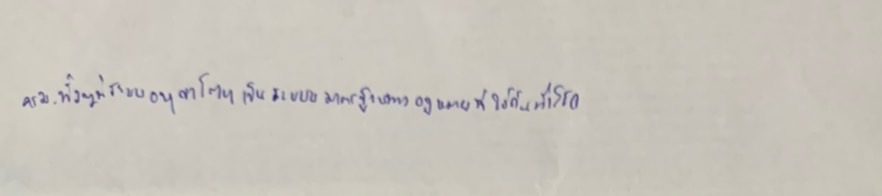
ครม.ทั้งๆ ที่ระบบอนุญาโตฯเป็นระบบมาตรฐานทางกฏหมายที่ใช้กันทั่วโลก